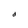
Character: d